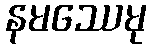
နမဿေမု